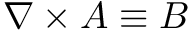
\nabla \times \boldsymbol { A } \equiv \boldsymbol { B }